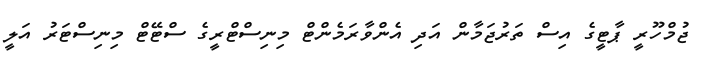
ޖުމްހޫރީ ޕާޓީގެ އިސް ތަރުޖަމާން އަދި އެންވާރަމެންޓް މިނިސްޓްރީގެ ސްޓޭޓް މިނިސްޓަރު އަލީ